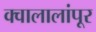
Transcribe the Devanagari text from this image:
क्वालालांपूर